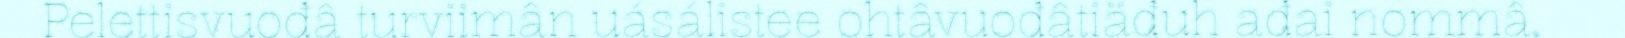
Pelettisvuođâ turviimân uásálistee ohtâvuođâtiäđuh ađai nommâ,